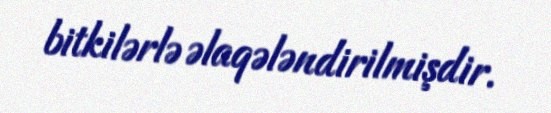
bitkilərlə əlaqələndirilmişdir.